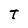
Character: T